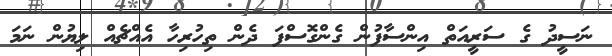
ނަސީދު ގެ ސަރީއަތް އިންސާފުން ގެންގޮސްފަ ދެން ތިހުރިހާ އެއްޗެއް ލިޔުން ނަމަ